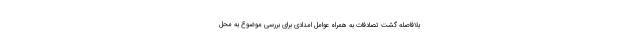
بلافاصله گشت تصادفات به همراه عوامل امدادی برای بررسی موضوع به محل